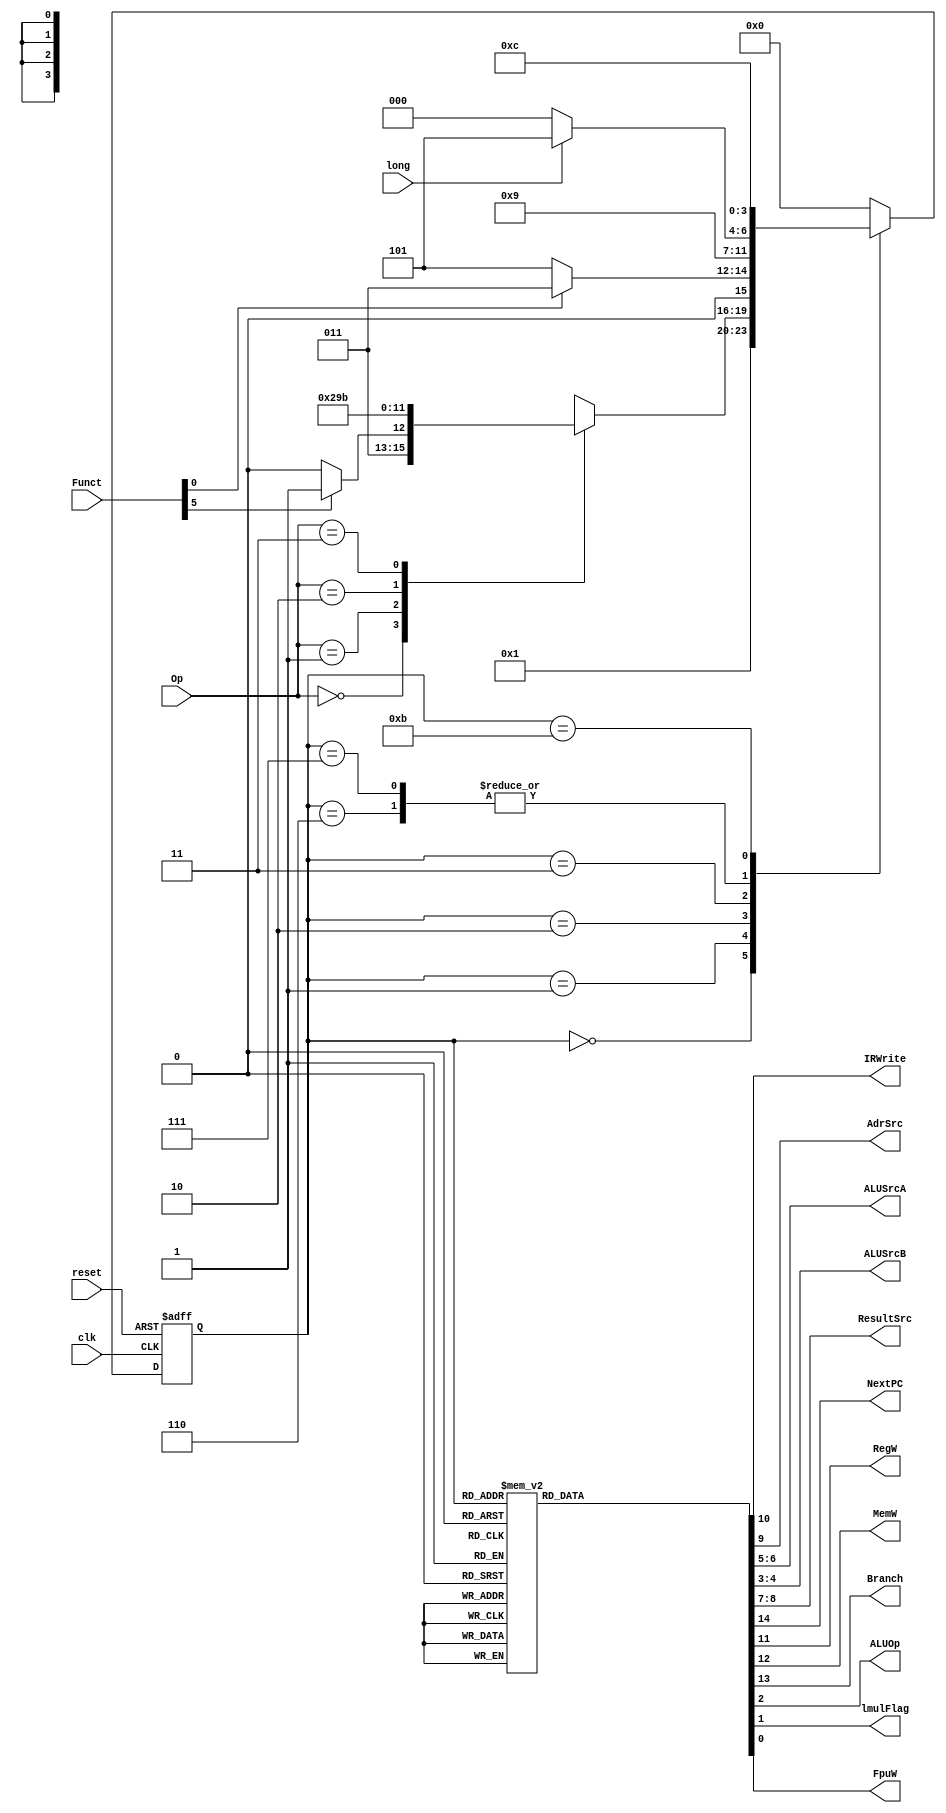
module mainfsm (clk, reset, Op, Funct, IRWrite, AdrSrc, ALUSrcA, ALUSrcB, ResultSrc, NextPC, RegW, MemW, Branch, ALUOp, long, lmulFlag, FpuW);
    input wire clk;
    input wire reset;
    input wire [1:0] Op;
    input wire [5:0] Funct;
    output wire IRWrite;
    output wire AdrSrc;
    output wire [1:0] ALUSrcA;
    output wire [1:0] ALUSrcB;
    output wire [1:0] ResultSrc;
    output wire NextPC;
    output wire RegW;
    output wire MemW;
    output wire Branch;
    output wire ALUOp;
    output wire lmulFlag;
    output wire FpuW;
    reg [3:0] state;
    reg [3:0] nextstate;
    reg [14:0] controls;
    input wire long;

    localparam [3:0] FETCH    = 0;
    localparam [3:0] DECODE   = 1;
    localparam [3:0] MEMADR   = 2;
    localparam [3:0] MEMRD    = 3;
    localparam [3:0] MEMWB    = 4;
    localparam [3:0] MEMWR    = 5;
    localparam [3:0] EXECUTER = 6;
    localparam [3:0] EXECUTEI = 7;
    localparam [3:0] ALUWB    = 8;
    localparam [3:0] BRANCH   = 9;
    localparam [3:0] UNKNOWN  = 10;
    localparam [3:0] EXECUTEF = 11; 
    localparam [3:0] FPUWB    = 12; 
    localparam [3:0] ALUWB2   = 13; 

    always @(posedge clk or posedge reset)
        if (reset)
            state <= FETCH;
        else
            state <= nextstate;

    always @(*)
        casex (state)
            FETCH: nextstate = DECODE;
            DECODE:
                case (Op)
                    2'b00:
                        if (Funct[5])
                            nextstate = EXECUTEI;
                        else
                            nextstate = EXECUTER;
                    2'b01: nextstate = MEMADR;
                    2'b10: nextstate = BRANCH;
                    2'b11: nextstate = EXECUTEF;
                    default: nextstate = UNKNOWN;
                endcase
            MEMADR:
                if(Funct[0])
                    nextstate = MEMRD;
                else
                    nextstate = MEMWR;
            MEMRD:    nextstate = MEMWB;
            MEMWB:    nextstate = FETCH;
            MEMWR:    nextstate = FETCH;
            EXECUTER: nextstate = long == 1 ? ALUWB2 : ALUWB;
            EXECUTEI: nextstate = long == 1 ? ALUWB2 : ALUWB;
            EXECUTEF: nextstate = FPUWB;
            FPUWB:    nextstate = FETCH;
            ALUWB:    nextstate = FETCH;
            ALUWB2:   nextstate = FETCH;
            BRANCH:   nextstate = FETCH;
            default:  nextstate = FETCH;
        endcase

    always @(*)
        case (state)
            FETCH:    controls = 15'b1_0_0_0_1_0_10_01_10_0_0_0;
            DECODE:   controls = 15'b0_0_0_0_0_0_10_01_10_0_0_0;
            EXECUTER: controls = 15'b0_0_0_0_0_0_00_00_00_1_0_0;
            EXECUTEI: controls = 15'b0_0_0_0_0_0_00_00_01_1_0_0;
            ALUWB:    controls = 15'b0_0_0_1_0_0_00_00_00_0_0_0;
            MEMADR:   controls = 15'b0_0_0_0_0_0_00_00_01_0_0_0;
            MEMWR:    controls = 15'b0_0_1_0_0_1_00_00_00_0_0_0;
            MEMRD:    controls = 15'b0_0_0_0_0_1_00_00_00_0_0_0;
            MEMWB:    controls = 15'b0_0_0_1_0_0_01_00_00_0_0_0;
            BRANCH:   controls = 15'b0_1_0_0_0_0_10_00_01_0_0_0;
            EXECUTEF: controls = 15'b0_0_0_0_0_0_00_00_00_0_0_0;
            FPUWB:    controls = 15'b0_0_0_0_0_0_00_00_00_0_0_1;
            ALUWB2:   controls = 15'b0_0_0_1_0_0_00_00_00_0_1_0;
            default:  controls = 15'bxxxxxxxxxxxxxxx;
        endcase
    assign {NextPC, Branch, MemW, RegW, IRWrite, AdrSrc, ResultSrc, ALUSrcA, ALUSrcB, ALUOp, lmulFlag, FpuW} = controls;
endmodule